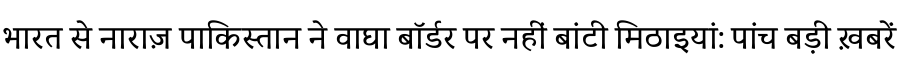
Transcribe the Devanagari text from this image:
भारत से नाराज़ पाकिस्तान ने वाघा बॉर्डर पर नहीं बांटी मिठाइयां: पांच बड़ी ख़बरें